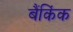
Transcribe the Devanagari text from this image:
बैंकिंक